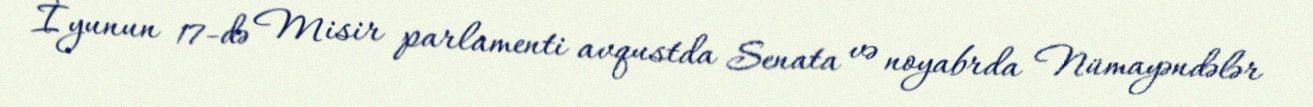
İyunun 17-də Misir parlamenti avqustda Senata və noyabrda Nümayəndələr